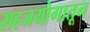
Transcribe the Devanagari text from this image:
सहजयोगातून